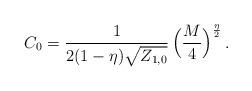
LaTeX: \begin{align*} C_0=\frac{1}{2(1-\eta)\sqrt{{{Z}}_{1,0}}}\, \Big(\frac{M}{4}\Big)^{\frac{\eta}{2}}\, .\end{align*}